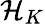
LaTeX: {\cal{H}}_{K}